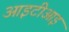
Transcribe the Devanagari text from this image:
आइटीआइ